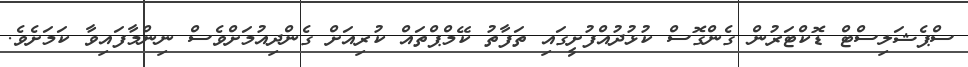
ސްޕެޝަލިސްޓް ޑޮކްޓަރުން ގެންގޮސް ކުޅުދުއްފުށީގައި ތަފާތު ކޭމްޕްތައް ކުރިއަށް ގެންދިއުމަށްވެސް ނިންމާފައިވާ ކަމަށެވެ.